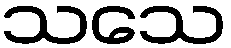
သသေ